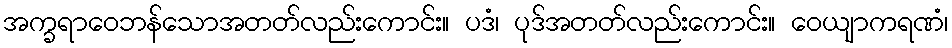
အက္ခရာဝေဘန်သောအတတ်လည်းကောင်း။ ပဒံ၊ ပုဒ်အတတ်လည်းကောင်း။ ဝေယျာကရဏံ၊